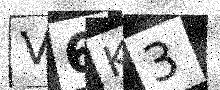
Text: V6K3